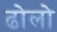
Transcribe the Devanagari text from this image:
ढोलो